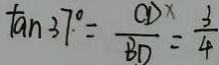
\tan 3 7 ^ { \circ } = \frac { C D } { B D } = \frac { 3 } { 4 }